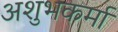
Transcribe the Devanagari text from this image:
अशुभकर्मा